Report of the Hyderabad Chloroform Commission
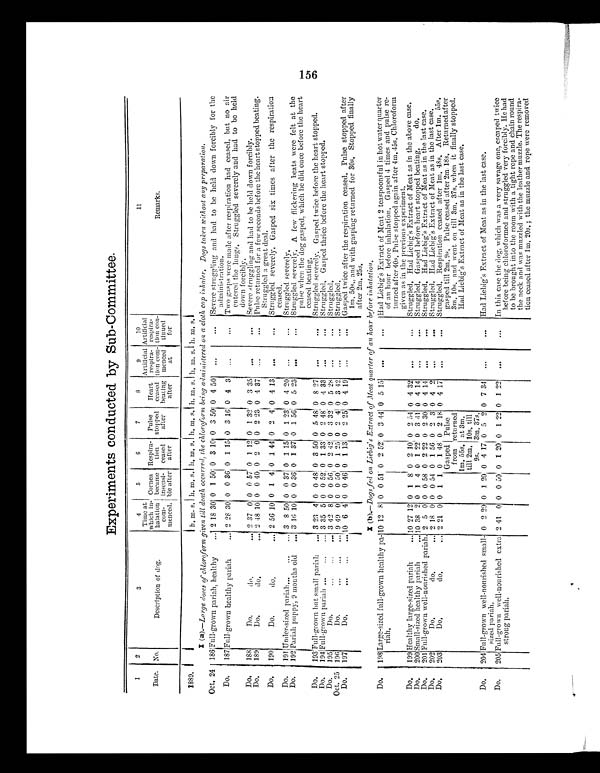
Experiments conducted by Sub-Committee.
1
Date.
2
No.
3
Description of dog.
4
Time at
which in-
halation
coin-
menced.
5
Cornea
I became
I insensi-
ble after
6
Respira-
Lion
ceased
after
7
Pulse
stopped
after
8
Heart
ceased
heating
after
9
Artificial
respira-
tion corn-
menced
at
10
Artificial
respira-
thin con-
tiuued
for
11
Remarks.
1889.
h. m. s. h.m.s. h. m. s. h.m. s. h.m. s. h. m. s. h.m.s.
I(a)..—Large doses of chloroform given till death occurred, the chloroform being administered on a cloth. cap inhaler. Dogs taken without any preparation.
Oct. 24
1 8 6 Full-grown pariah, healthy
... 2 18 30 0 1 50 0 3 10 0 3 50 0 4 50
...
...
Severe struggling and had to be held down forcibly for the
administration.
Do.
187 Full-grown healthy pariah
... 2 28 30 0 0 36 0 1 15 0 3 16 0 4 3
...
...
Two gasps were made after respiration had ceased, but no air
entered the lungs. Struggled severely and had to be held
down forcibly.
Do.
188
Do.
do.
... 2 37 0 0 0 57 0 1 12 0 1 32 0 3 35
. . .
. . .
Severe struggling and had to be held down forcibly.
Do.
189
Do.
do. ...
2 48 10 0 0 40 0 2 0 0 2 23 0 4 37
...
...
Pulse returned for a few seconds before the heart stopped beating.
Struggled a great deal.
Do
190
Do. do. ...
2 56 10 0 1 4 0 1 44 0 2 4 0 4 13
. . .
...
Struggled severely. Gasped six times after the respiration
ceased.
Do.
191 Under-sized pariah...
...
... 3 8 50 0 0 37 0 1 15 0 1 23 0 4 20
..
...
Struggled severely.
Do.
192 Pariah puppy, 9 months old
... 3 16 10 0 0 36 0 1 37 0 1 56 0 5 23
. . .
...
Struggled severely. A few flickering beats were felt at the
pulse when the dog gasped, which he did once before the heart
ceased beating.
Do.
193 Full-grown but small pariah
... 3 23 4 0 0 48 0 3 50 0 5 48 0 S 27
...
. . .
Struggled severely. Gasped twice before the heart stopped.
Do.
194 Full-grown pariah...
...
... 3 35 5 0 0 52 0 1 33 0 2 48 0 4 33
...
...
Struggled, Gasped thrice before the heart stopped.
Do.
195
Do.
...
...
3 42 8 0 0 56 0 2 42 0 3 32 0 5 28
...
...
Struggled.
Oct. 25 191;
Do.
...
...
... 9 49 0 0 0 50 0 1 25 0 2 41 0 3 42
...
...
Struggled
Do.
197
Do. ... ... ...
10 6 4 0 0 46 0 1 13 0 2 25 0 4 19
...
...
Gasped twice after the respiration ceased. Pulse stopped after
lm. 50s., and with gasping returned for 30s, Stopped finally
after 2m. 25s.
I (b) .—Dogs fed on Liebig's Extract of Meat quarter of an hour before inhalation.
Do.
198 Large-sized full-grown healthy pa-
riah,
10 12 8 0 0 51 0 2 52 0 3 44 0 5 15
. . .
. . . Had Liebig's Extract of Meat 2 teaspoonsful in hot water quarter
of an hour before inhalation. Gasped 4 times and pulse re-
turned after 40s. Pulse stopped again after 4m. 45s, Chloroform
given as in the previous experiment.
Do.
199 Healthy large-sized pariah
... 10 27 12 0 1 8 0 2 10 0 2 54 0 4 32
. . .
...
Struggled. Had Liebig's Extract of Meat as in the above case,
Do.
200 Small-sized healthy pariah
... 10 38 2 0 1 4 0 1 22 0 3 41 0 4 14
. . .
. . . Struggled. Gasped before heart stopped beating,
do.
Do.
201 Full-grown well-nourished pariah. 2 5 0 0 0 58 0 2 22 0 2 30 0 4 14 ...
... Struggled. Had Liebig's Extract of Meat as in the last case.
Do.
202
Do.
do.
... 2 18 0 0 0 54 0 1 56 0 2 3 0 4 2 ...
... Struggled. Had Liebig's Extract of Meat as in the last case.
Do,
203
Do. do. ...
2 21 0 0 1 1 0 1 48
Gasped
from
1m. 55s.
till 2m.
9s.
0 2 18
Pulse
returned
at 3m.
10s. till
3m, 37s.
0 4 17
. . .
...
Struggled. Respiration ceased after 1m. 48s. After 1m. 55s.
gasped till 2m. 9s. Pulse ceased after 2m.18s. Returned after
3m, 10s. and went on till 3m. 37s. when it finally stopped.
Had Liebig's Extract of Meat as in the last case.
Do.
204 Full-grown well-nourished small
sized pariah.
0 2 29 0 1 20 0 4 17 0 5 2 0 7 34 ...
...
Had Liebig's Extract of Meat as in the last case.
Do.
205 Full-grown well-nourished extra
strong pariah.
2 41 0 0 0 50 0 1 20 0 1 22 0 1 22 ...
...
In this case the dog, which was a very savage one, escaped twice
before being chloroformed and struggled very forcibly. He had
to be brought into the room with a tight rope and chain round
the neck and was muzzled with the leather muzzle. The respira-
tion ceased after 1m, 20s, ; the muzzle and rope were removed